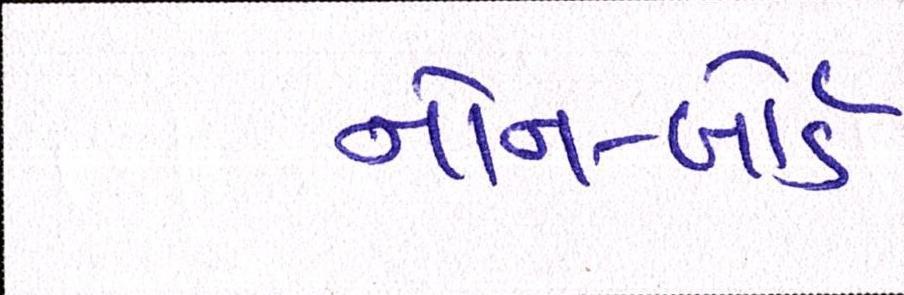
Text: નોન-બોર્ડ